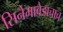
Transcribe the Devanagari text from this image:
सिनेमावेडाचाच